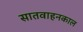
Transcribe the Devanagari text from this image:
सातवाहनकाल